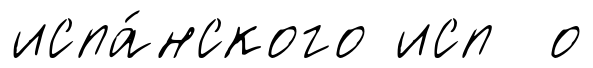
испа́нского исп о